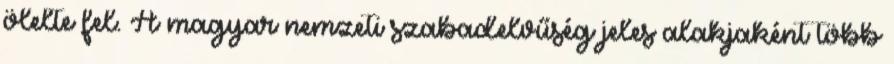
ölelte fel. A magyar nemzeti szabadelvűség jeles alakjaként több